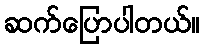
ဆက်ပြောပါတယ်။